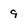
Character: 9